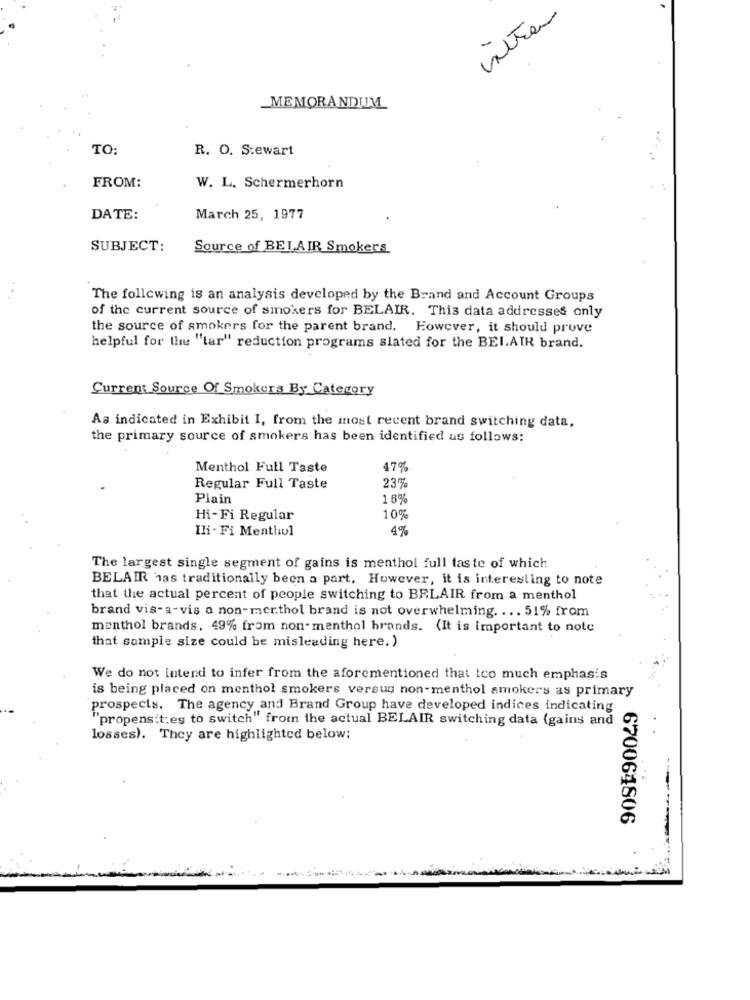
MEMORANDUM
TO:
R. O. S.ewart
FROM:
W. L. Schermerhorn
DATE:
March 25, 1977
SUBJECT:
Source of BELAIR Smokers
. .
The following is an analysis developed by the Brand and Account Groups
of the current source of smokers for BELAIR. This data addresses only
the source of smokers for the parent brand. However, it should prove
helpful for the "tar" reduction programs slated for the BELAIR brand.
Current Source Of Smokers By Category
As indicated in Exhibit I, from the most recent brand switching data,
the primary source of smokers has been identified as follows:
Menthol Full Taste
47%
23%
Regular Full Taste
Plain
16%
Hi-Fi Regular
10%
Ili- Fi Menthol
4%
The largest single segment of gains is menthol full taste of which
BELAIR has traditionally been a part, However, it is interesting to note
that the actual percent of people switching to BELAIR from a menthol
brand vis-a-vis a non- mer.thol brand is not overwhelming. ... 51% from
menthol brands, 49% from non- menthol brands. (It is important to note
that sample size could be misleading here. )
We do not intend to infer from the aforementioned that too much emphasis
is being placed on menthol smokers versus non-menthol smokers as primary
prospects. The agency and Brand Group have developed indices indicating
"propensit:es to switch" from the actual BELAIR switching data (gains and
losses). They are highlighted below:
670064806